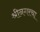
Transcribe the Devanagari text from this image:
श्रीनगरचा